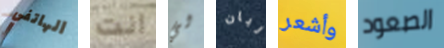
الهاتفي انت لي ربان وأشعر الصعود